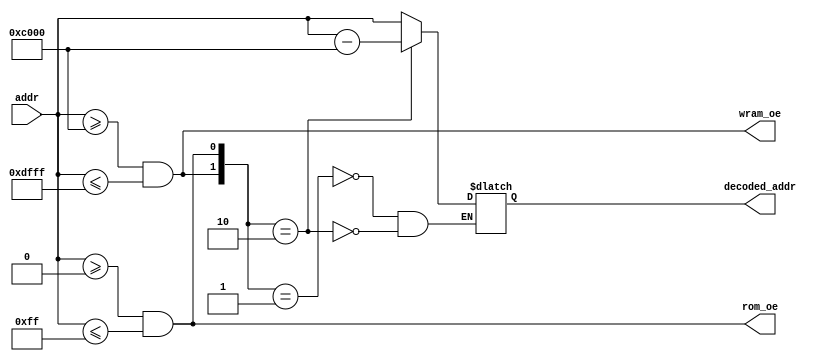
module address_decode(
    input[15:0] addr,
    output reg[15:0] decoded_addr,
    output rom_oe,
    output wram_oe
);

    assign rom_oe = (addr >= 16'h0000) && (addr <= 16'h00ff);
    assign wram_oe = (addr >= 16'hc000) && (addr <= 16'hdfff);

    wire [1:0] range;
    assign range[0] = rom_oe;
    assign range[1] = wram_oe;

    localparam [1:0]
        in_range_bootrom = 2'h1, // (01)
        in_range_wram = 2'h2;    // (10)

    always @(*) begin
        case (range)
            in_range_bootrom: begin
                decoded_addr = addr;
            end
            in_range_wram: begin
                decoded_addr = addr - 16'hc000;
            end
        endcase 
    end
endmodule